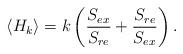
LaTeX: \begin{align*}\langle H_k\rangle = k\left({S_{ex}\over S_{re}} + {S_{re}\over S_{ex}}\right).\end{align*}